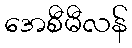
အေစီမီလန်